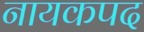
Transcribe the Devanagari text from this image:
नायकपद